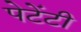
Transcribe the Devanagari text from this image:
पेटेंटी